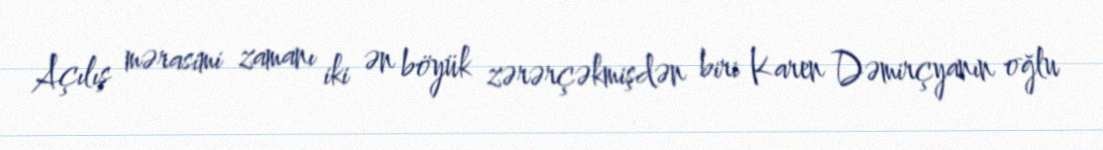
Açılış mərasimi zamanı iki ən böyük zərərçəkmişdən biri Karen Dəmirçyanın oğlu